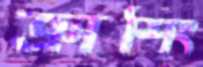
ক্রাশিং